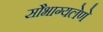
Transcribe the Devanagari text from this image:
सौभाग्यलेणे